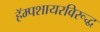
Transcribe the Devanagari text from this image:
हॅम्पशायरविरूद्ध